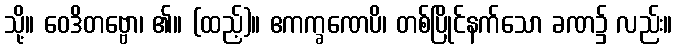
သို့။ ဝေဒိတဗ္ဗော၊ ၏။ (ထည့်)။ ဧကက္ခဏေပိ၊ တစ်ပြိုင်နက်သော ခဏ၌ လည်း။